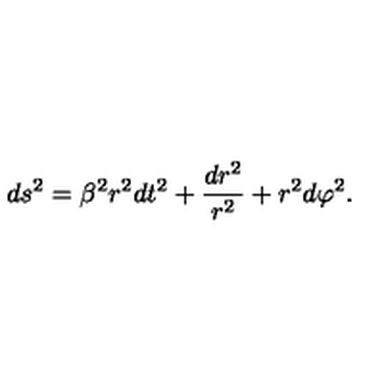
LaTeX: d s ^ { 2 } = \beta ^ { 2 } r ^ { 2 } d t ^ { 2 } + \frac { d r ^ { 2 } } { r ^ { 2 } } + r ^ { 2 } d \varphi ^ { 2 } .